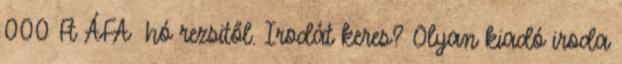
000 Ft ÁFA hó rezsitől. Irodát keres? Olyan kiadó iroda